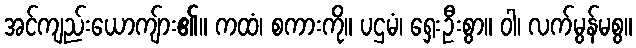
အင်ကျည်းယောကျ်ား၏။ ကထံ၊ စကားကို။ ပဌမံ၊ ရှေးဦးစွာ။ ဝါ၊ လက်မွန်မစွ။